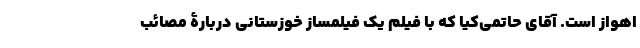
اهواز است. آقای حاتمی‌کیا که با فیلم یک فیلمساز خوزستانی دربارۀ مصائب